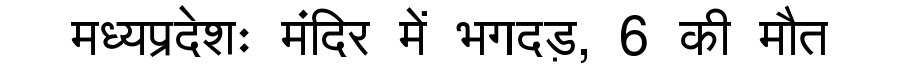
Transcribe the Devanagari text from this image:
मध्यप्रदेशः मंदिर में भगदड़, 6 की मौत